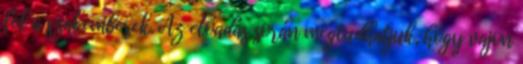
fel a szakemberek. Az előadás során megtudhatjuk, hogy vajon